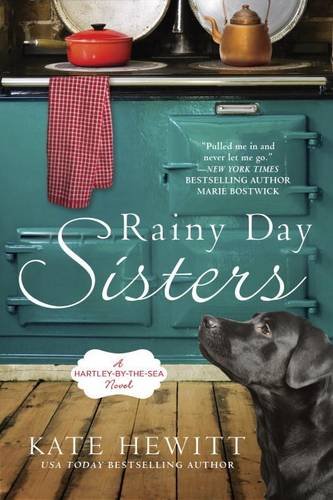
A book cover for Rainy Day Sisters: A Hartley-by-the-Sea Novel; Kate Hewitt; Literature & Fiction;